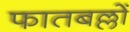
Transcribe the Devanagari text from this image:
फातबल्लों